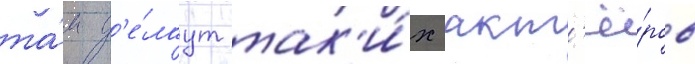
та́м д'е́лаут так'и́х акт'ё́ров